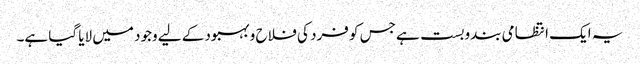
یہ ایک انتظامی بندوبست ہے جس کو فرد کی فلاح و بہبود کے لیے وجود میں لایا گیا ہے۔